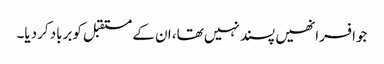
جوافسرانھیں پسندنہیں تھا، ان کے مستقبل کوبرباد کردیا۔